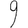
Digit: 9